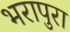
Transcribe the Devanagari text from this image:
भरापुरा